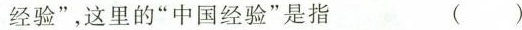
经验”，这里的”中国经验”是指 ( )